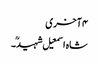
۴ آخری
شاہ اسمعیل شہیدؒ۔